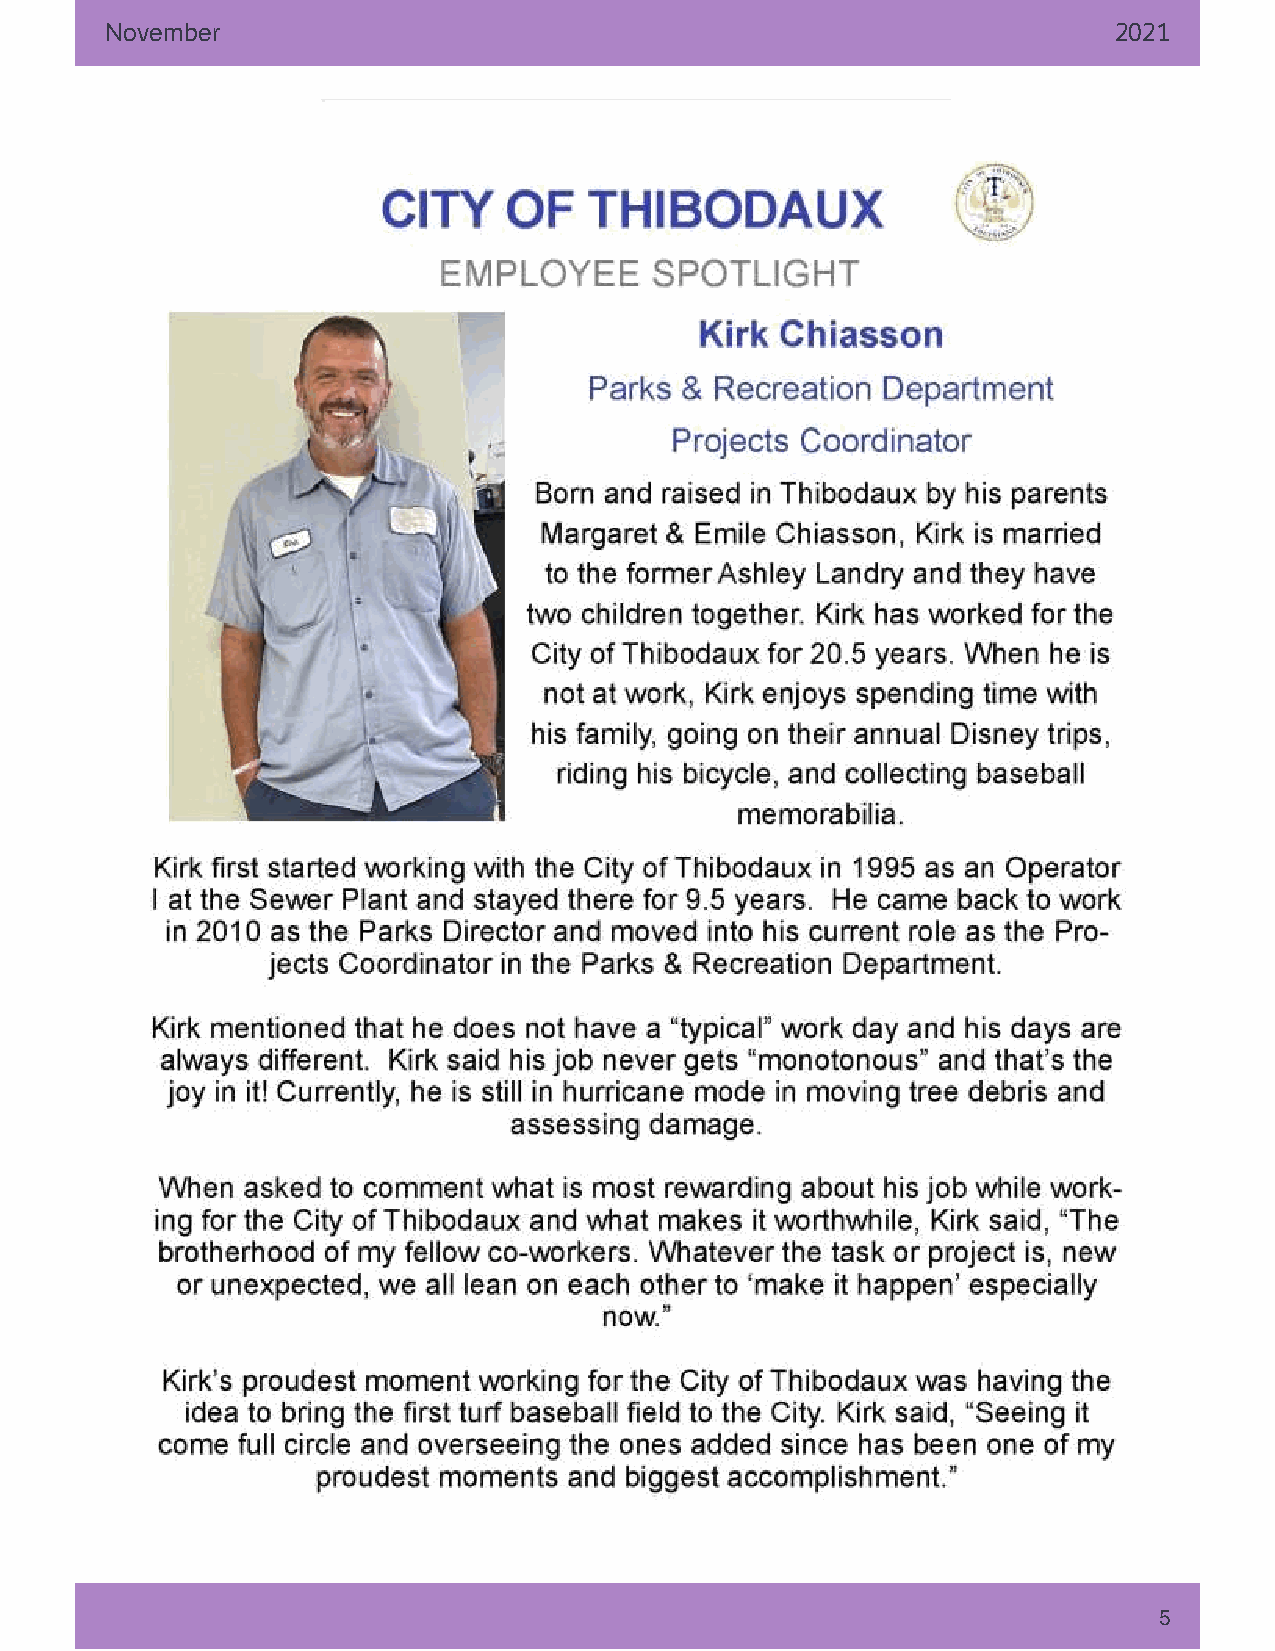
November                                                           2021
 Save the Date                                                         5